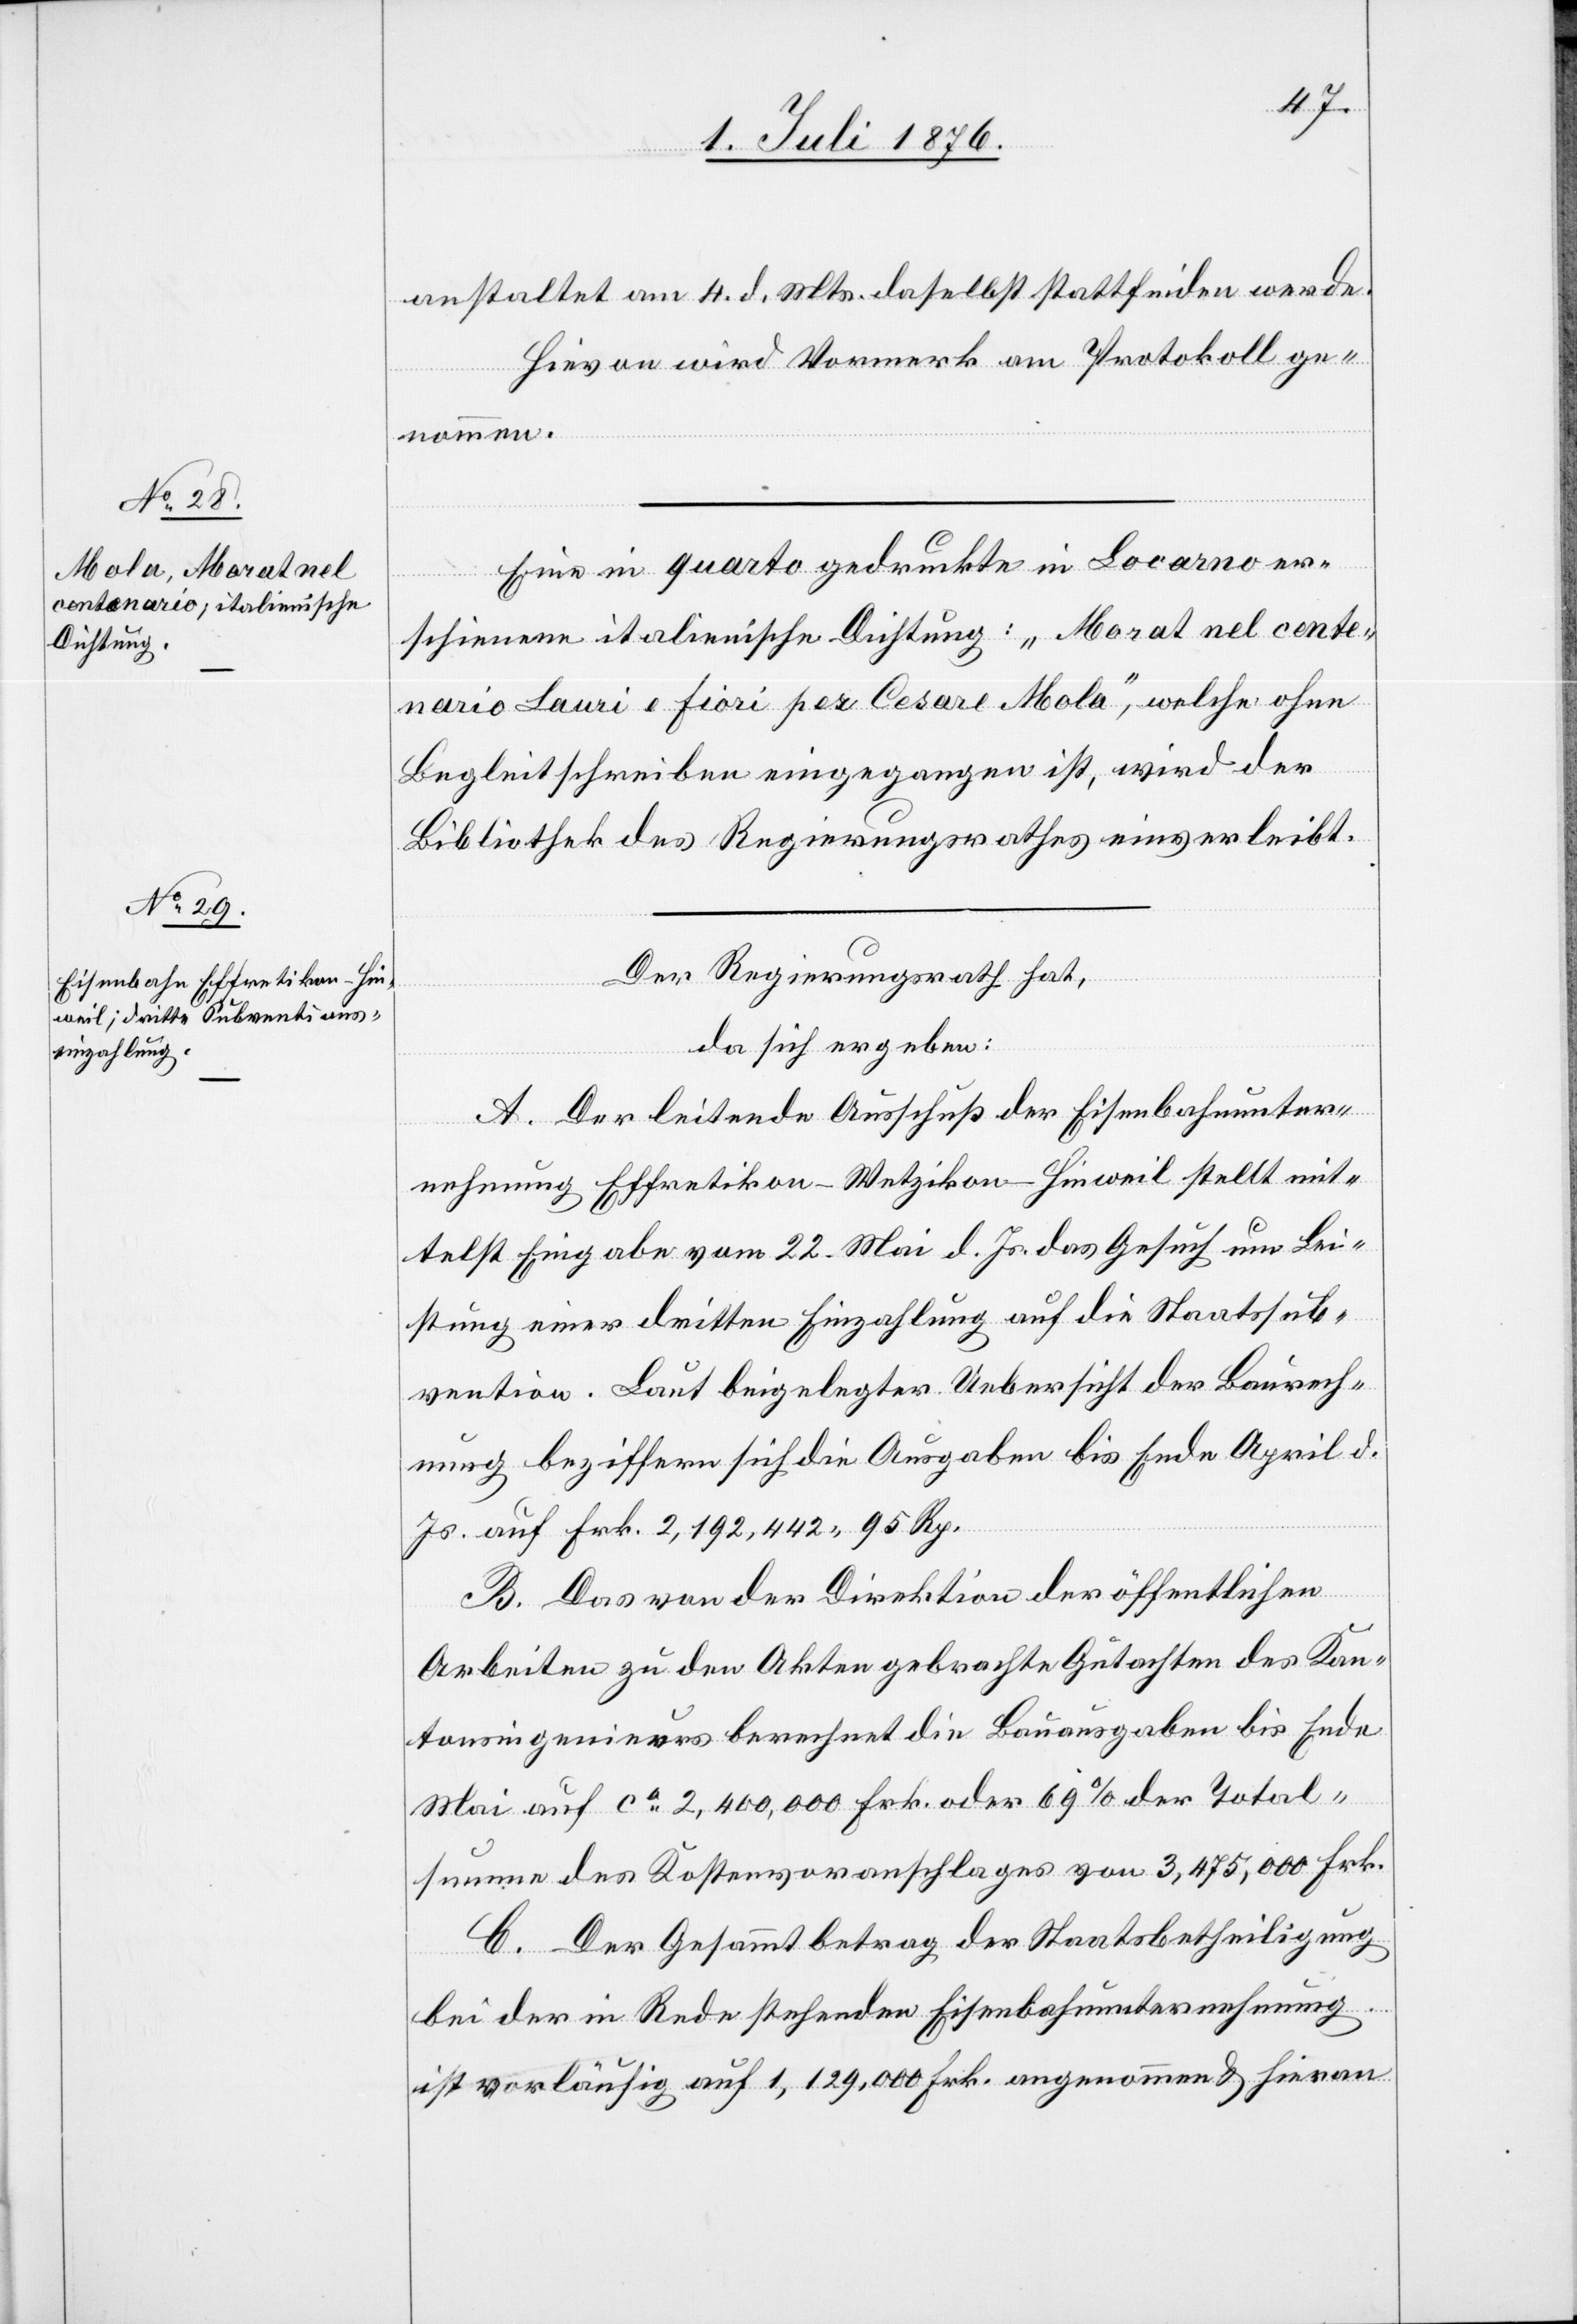
anstaltet am 4. d. Mts. daselbst stattfinden werde.
Hievon wird Vormerk am Protokoll ge¬
nommen.
Eine in quarto gedruckte in Locarno er¬
schienene italienische Dichtung: „Morat nel cente¬
nario Lauri e fiori per Cesare Mola“, welche ohne
Begleitschreiben eingegangen ist, wird der
Bibliothek des Regierungsrathes einverleibt.
Der Regierungsrath hat,
da sich ergeben:
A. Der leitende Ausschuß der Eisenbahnunter¬
nehmung Effretikon–Wetzikon–Hinweil stellt mit¬
telst Eingabe vom 22. Mai d. Js. das Gesuch um Lei¬
stung einer dritten Einzahlung auf die Staatssub¬
vention. Laut beigelegter Uebersicht der Baurech¬
nung beziffern sich die Ausgaben bis Ende April d.
Js. auf Frk. 2,192,442 95 Rp.
B. Das von der Direktion der öffentlichen
Arbeiten zu den Akten gebrachte Gutachten des Kan¬
tonsingenieurs berechnet die Bauausgaben bis Ende
Mai auf ca 2,400,000 Frk. oder 69 % der Total¬
summe des Kostenvoranschlages von 3,475,000 Frk.
C. Der Gesammtbetrag der Staatsbetheiligung
bei der in Rede stehenden Eisenbahnunternehmung
ist vorläufig auf 1,129,000 Frk. angenommen & hieran